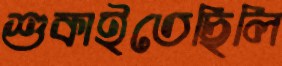
শুকাইতেছিলি